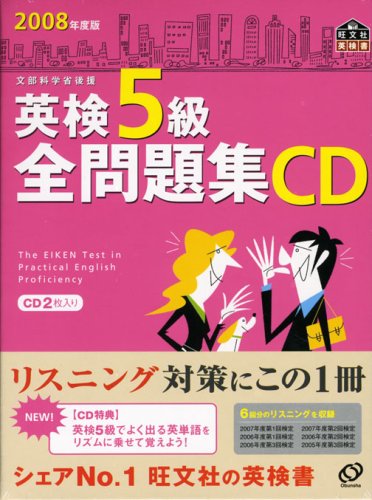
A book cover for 2008 edition Grade 5 CD collection of all problem Eiken - sponsored by the Ministry of Education, Culture, Sports, Science (Obunsha Eiken manual) (2008) ISBN: 4010944706 [Japanese Import]; Sports & Outdoors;